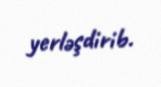
yerləşdirib.